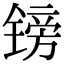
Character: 镑